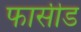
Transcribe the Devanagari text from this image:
फार्सीड